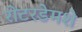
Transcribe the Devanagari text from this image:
रोटरडेमशे